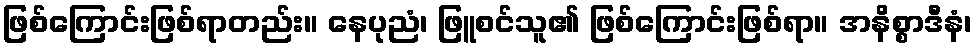
ဖြစ်ကြောင်းဖြစ်ရာတည်း။ နေပုညံ၊ ဖြူစင်သူ၏ ဖြစ်ကြောင်းဖြစ်ရာ။ အနိစ္စာဒီနံ၊